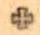
+